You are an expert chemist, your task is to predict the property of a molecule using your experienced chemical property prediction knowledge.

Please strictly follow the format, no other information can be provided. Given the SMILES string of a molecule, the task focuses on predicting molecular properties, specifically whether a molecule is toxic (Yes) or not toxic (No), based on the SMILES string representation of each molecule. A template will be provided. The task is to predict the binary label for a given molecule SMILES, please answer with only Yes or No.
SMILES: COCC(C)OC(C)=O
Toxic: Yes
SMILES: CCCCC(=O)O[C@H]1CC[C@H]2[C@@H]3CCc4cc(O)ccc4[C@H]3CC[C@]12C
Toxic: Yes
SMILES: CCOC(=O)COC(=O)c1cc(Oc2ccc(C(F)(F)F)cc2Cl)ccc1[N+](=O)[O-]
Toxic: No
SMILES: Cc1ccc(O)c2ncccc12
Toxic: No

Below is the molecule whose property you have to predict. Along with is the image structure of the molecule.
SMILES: CN(C)Cc1ccccc1O
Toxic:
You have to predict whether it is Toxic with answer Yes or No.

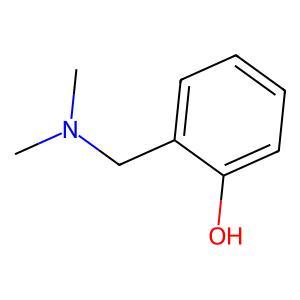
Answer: No